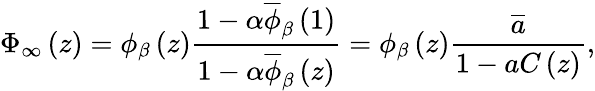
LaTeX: \Phi_{\infty}\left(z\right)=\phi_{\beta}\left(z\right)\frac{1-\alpha\overline{{\phi}}_{\beta}\left(1\right)}{1-\alpha\overline{{\phi}}_{\beta}\left(z\right)}=\phi_{\beta}\left(z\right)\frac{\overline{{a}}}{1-aC\left(z\right)},